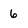
Character: 6